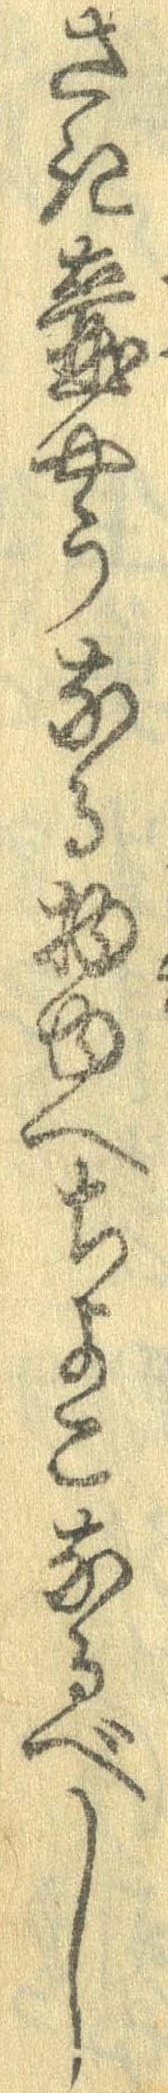
さき壷やうなる物ゆへちょこなるべし